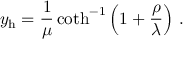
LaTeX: y _ { \mathrm { h } } = { \frac { 1 } { \mu } } \coth ^ { - 1 } \left( 1 + { \frac { \rho } { \lambda } } \right) \, .